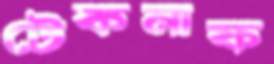
টেকনাফ